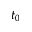
t _ { 0 }